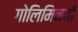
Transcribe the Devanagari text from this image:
गोलिमिनची